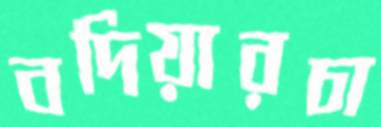
বদিয়ারচা